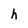
Character: h